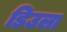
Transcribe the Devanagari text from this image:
डिउला